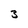
Character: 3